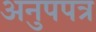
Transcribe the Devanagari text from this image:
अनुपपत्र